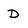
Character: D